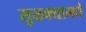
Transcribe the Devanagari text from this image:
सुळक्यामधे